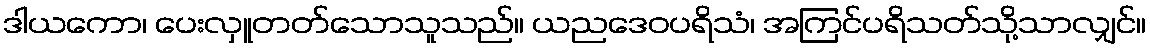
ဒါယကော၊ ပေးလှူတတ်သောသူသည်။ ယညဒေဝပရိသံ၊ အကြင်ပရိသတ်သို့သာလျှင်။